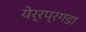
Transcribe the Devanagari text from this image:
येर्रप्रगडा